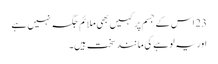
23 اس کے جسم پر کہیں بھی ملائم جگہ نہیں ہے
اور یہ لو ہے کی مانند سخت ہیں۔